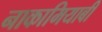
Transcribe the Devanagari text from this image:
नाकामियाबी